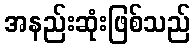
အနည်းဆုံးဖြစ်သည်